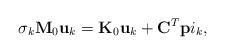
LaTeX: \begin{align*}\sigma_k {\bf M} _0 {\bf u}_k = {\bf K} _0 {\bf u}_k + {\bf C} ^T {\bf p}i_k,\end{align*}